Annual report on the working of the mental hospitals in the Madras Presidency - 1912-1932
Year: 1912
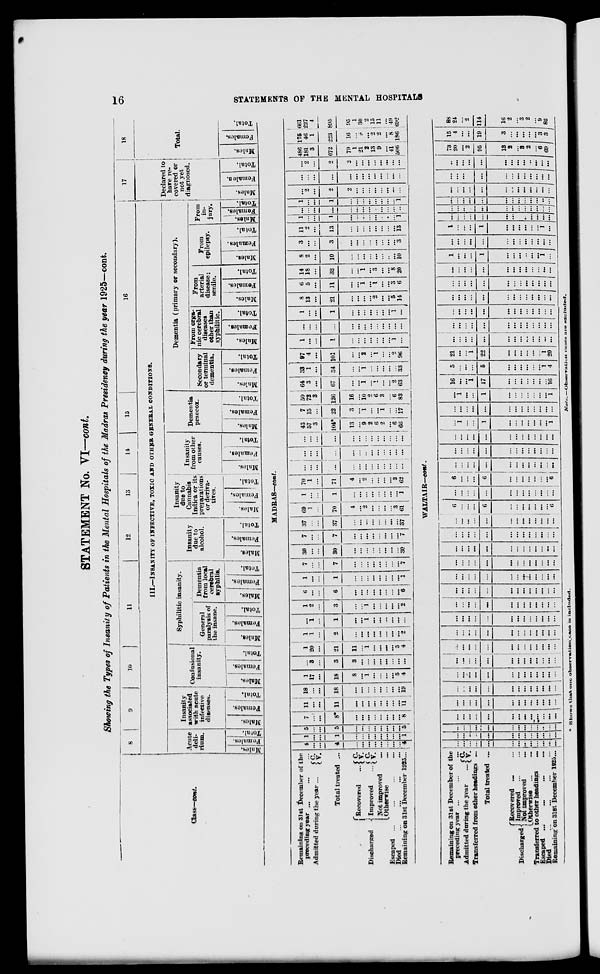
16
STATEMENTS OF THE MENTAL HOSPITALS
STATEMENT No. VI—cont.
Showing the Types of Insanity of Patients in the Mental Hospitals of the Madras Presidency during the year 1925—cont.
Class—cont.
Remaining on 31st December of the
preceding year
...
...
...
Admitted during the year ...
C. V.
Total treated ...
Discharged
Recovered ...
Improved ...
C.
V.
C.
V.
Not improved ...
Otherwise ...
Escaped ... ... ... ...
Died ... ... ... ...
Remaining on 31st December 1925 ...
8
9
10
11
12
13
14
15
16
III.—INSANITY
OF
INFECTIVE,
TOXIC
AND
OTHER
GENERAL
CONDITIONS.
Acute
deli-
rium.
Males.
Females.
Total.
Insanity
associated
with acute
infective
diseases.
Males.
Females.
Total.
Confusional
insanity.
Males.
Females.
Total.
Syphilitic insanity.
General
paralysis of
the insane.
Males.
Females.
Total.
Dementia
from local
cerebral
syphilis.
Males.
Females.
Total.
Insanity
due to
alcohol.
Males.
Females.
Total.
Insanity
due to
Cannabis
Indica or its
preparations
or deriva-
tives.
Males.
Females.
Total.
Insanity
from other
causes.
Males.
Females.
Total.
Dementia
praecox.
Males.
Females.
Total.
Dementia (primary or secondary).
Secondary
or terminal
dementia.
Males.
Females.
Total.
From orga-
nic cerebral
diseases
other than
syphilitic.
Males.
Females.
Total.
From
arterial
disease;
senile.
Males.
Females.
Total.
From
epilepsy.
Males.
Females.
Total.
From
in-
jury.
Males.
Females.
Total.
17
Declared to
have re-
covered or
not yet
diagnosed.
Males.
Females.
Total.
18
Total.
Males.
Females.
Total.
MADRAS—cont.
4
...
...
4
...
...
...
...
...
...
...
...
4
1
...
...
1
...
...
...
...
...
...
...
...
1
5
...
...
5
...
...
...
...
...
...
...
...
5
7
...
...
8*
...
...
...
...
...
...
...
...
8
11
...
...
11
...
...
...
...
...
...
...
...
11
18
...
...
18
...
...
...
...
...
...
...
19
1
17
...
18
8
...
1
...
...
...
...
5
4
...
3
...
3
3
...
...
...
...
...
...
...
...
1
20
...
21
11
...
1
...
...
...
...
5
4
1
1
...
2
...
...
...
...
...
...
...
...
2
...
1
...
1
...
...
1
...
...
...
...
...
...
1
2
...
3
...
...
1
...
...
...
...
...
2
6
...
...
6
...
...
...
...
...
...
...
...
6
1
...
...
1
...
...
...
...
...
...
...
...
1
7
...
...
7
...
...
...
...
...
...
...
...
7
30
...
...
30
...
...
...
...
...
...
...
...
30
7
...
...
7
...
...
...
...
...
...
...
...
7
37
...
...
37
...
...
...
...
...
...
...
...
37
69
1
...
70
4
...
2
...
...
...
...
3
61
1
...
...
1
...
...
...
...
...
...
...
...
1
70
1
...
71
4
...
2
...
...
...
...
3
62
...
...
...
...
...
...
...
...
...
...
...
...
...
...
...
...
...
...
...
...
...
...
...
...
...
...
...
...
...
...
...
...
...
...
...
...
...
...
...
43
57
3
104*
13
...
9
2
6
2
...
6
66
7
15
...
22
3
...
1
...
...
1
...
...
17
50
72
3
126
16
...
10
2
6
3
...
6
83
64
3
...
67
...
...
1
...
1
...
...
2
63
33
1
...
34
...
...
1
...
...
...
...
...
33
97
4
...
101
...
...
2
...
1
...
...
2
96
1
...
...
1
...
...
...
...
...
...
...
1
...
...
...
...
...
...
...
...
...
...
...
...
...
...
1
...
...
1
...
...
...
...
...
...
...
1
...
8
13
...
21
...
...
...
...
2
...
...
5
14
6
5
...
11
...
...
1
...
1
...
...
3
6
14
18
...
32
...
...
1
...
3
...
...
8
20
8
2
...
10
...
...
...
...
...
...
...
...
10
3
...
...
3
...
...
...
...
...
...
...
...
3
11
2
...
13
...
...
...
...
...
...
...
...
13
1
...
...
1
...
...
...
...
...
...
...
...
1
...
...
...
...
...
...
...
...
...
...
...
...
...
1
...
...
1
...
...
...
...
...
...
...
...
1
...
2
...
2
2
...
...
...
...
...
...
...
...
...
...
...
...
...
...
...
...
...
...
...
...
...
...
2
...
2
2
...
...
...
...
...
...
...
...
486
181
3
672
79
1
21
2
13
9
...
41
506
175
46
1
223
16
...
9
...
2
2
...
8
186
661
227
4
895
95
1
30
2
15
11
...
49
692
Remaining on 31st December of the
preceding year ... ...
Admitted during the year ...
C.
V.
Transferred from other headings ...
Total treated ...
Discharged'
Recovered ...
Improved ...
Not improved ...
Otherwise ... ...
Transferred to other headings
Escaped ...
...
...
...
Died ... ... ... ...
Remaining on 3lst December 1925...
WALTAIR—cont.
...
...
...
...
...
...
...
...
...
...
...
...
...
...
...
...
...
...
...
...
...
...
...
...
...
...
...
...
...
...
...
...
...
...
...
...
..
...
...
...
...
...
...
...
...
...
...
...
...
...
...
...
...
...
...
...
...
...
...
...
...
...
...
...
...
...
...
...
...
...
...
...
...
...
...
...
...
...
...
...
...
...
...
...
...
...
...
...
...
...
...
...
...
...
...
...
...
...
...
...
...
...
...
...
...
...
...
...
...
...
...
...
...
...
...
...
...
...
...
...
...
...
...
...
...
...
...
...
...
...
...
...
...
...
...
...
...
...
...
...
...
...
...
...
...
...
...
...
...
...
...
...
...
...
...
...
...
...
...
...
...
...
...
...
...
...
...
...
...
...
...
...
...
...
...
...
...
...
...
...
...
...
...
...
...
...
...
...
...
...
...
...
...
...
...
...
...
...
...
...
...
...
...
...
...
...
...
...
...
...
...
...
...
...
...
...
...
...
...
...
...
...
...
...
...
...
...
...
...
...
...
...
...
...
6
...
...
...
6
...
...
...
...
...
...
...
6
...
...
...
...
...
...
...
...
...
...
...
...
...
6
...
...
...
6
...
...
...
...
...
...
...
6
...
...
...
...
...
...
...
...
...
...
...
...
...
...
...
...
...
...
...
...
...
...
...
...
...
...
...
...
...
...
...
...
...
...
...
...
...
...
...
...
1
...
...
1
...
...
...
...
...
...
...
1
...
...
...
...
...
...
...
...
...
...
...
...
...
...
1
...
...
1
...
...
...
...
...
...
...
1
16
...
...
1
17
...
...
...
...
...
...
...
16
5
...
...
...
5
...
...
...
...
...
...
1
4
21
...
...
1
22
...
...
...
...
...
...
1
20
...
...
...
...
...
...
...
...
...
...
...
...
...
...
...
...
...
...
...
...
...
...
...
...
...
...
...
...
...
...
...
...
...
...
...
...
...
...
...
...
...
...
...
...
...
...
...
...
...
...
...
...
...
...
...
...
...
...
...
...
...
...
...
...
...
...
...
...
...
...
...
...
...
...
...
...
...
...
1
...
...
...
1
...
...
...
...
...
...
1
...
...
...
...
...
...
...
...
...
...
...
...
...
...
1
...
...
...
1
...
...
...
...
...
...
1
...
...
...
...
...
...
...
...
...
...
...
...
...
...
...
...
...
...
...
...
...
...
...
...
...
...
...
...
...
...
...
...
...
...
...
...
...
...
..
...
...
...
...
...
...
...
...
...
...
...
...
...
...
...
...
...
...
...
...
...
...
...
...
...
...
...
...
...
...
...
...
...
...
...
...
...
...
...
73
20
...
2
95
13
2
...
3
2
...
6
69
15
4
...
...
19
3
...
...
...
...
...
3
13
88
24
...
2
114
16
2
...
3
2
...
9
82
* Shows that one observation case is included.
Note.—Observation
cases are excluded.